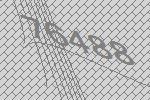
76488